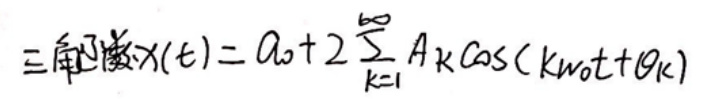
三角级数$x(t)=a_{0}+2\sum_{k = 1}^{\infty}A_{k}\cos(k\omega_{0}t+\theta_{k})$